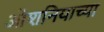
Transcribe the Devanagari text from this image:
ओशनियाच्या